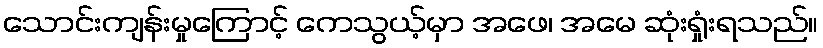
သောင်းကျန်းမှုကြောင့် ကေသွယ့်မှာ အဖေ၊ အမေ ဆုံးရှုံးရသည်။